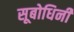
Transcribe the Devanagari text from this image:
सूबोधिनी